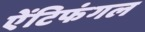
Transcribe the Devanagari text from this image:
ऐंटिफंगल